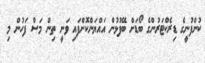
ކުންފުނީގެ ޑިރެކްޓަރުންގެ ބޯޑަށް ބޭފުޅުން އައްޔަންކޮށްފައި ވަނީ ތިން މަސް ފަހުން މި